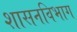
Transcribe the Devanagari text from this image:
शासनविभाग